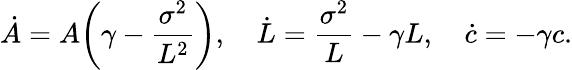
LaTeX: \dot{A}=A\bigg(\gamma-\frac{\sigma^{2}}{L^{2}}\bigg),\quad\dot{L}=\frac{\sigma^{2}}{L}-\gamma L,\quad\dot{c}=-\gamma c.